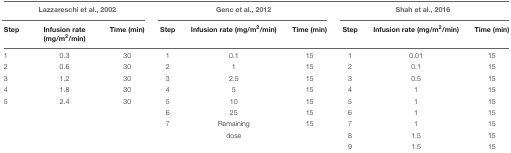
| <COLSPAN=3> Lazzareschi et al., 2002 | <COLSPAN=3> Genc et al., 2012 | <COLSPAN=3> Shah et al., 2016 |
 | Step | Infusion rate (mg/m2/min) | Time (min) | Step | Infusion rate (mg/m2/min) | Time (min) | Step | Infusion rate (mg/m2/min) | Time (min) |
 | --- | --- | --- | --- | --- | --- | --- | --- | --- |
 | 1 | 0.3 | 30 | 1 | 0.1 | 15 | 1 | 0.01 | 15 |
 | 2 | 0.6 | 30 | 2 | 1 | 15 | 2 | 0.1 | 15 |
 | 3 | 1.2 | 30 | 3 | 2.5 | 15 | 3 | 0.5 | 15 |
 | 4 | 1.8 | 30 | 4 | 5 | 15 | 4 | 1 | 15 |
 | 5 | 2.4 | 30 | 5 | 10 | 15 | 5 | 1 | 15 |
 |  |  |  | 6 | 25 | 15 | 6 | 1 | 15 |
 |  |  |  | 7 | Remaining | 15 | 7 | 1 | 15 |
 |  |  |  |  | dose |  | 8 | 1.5 | 15 |
 |  |  |  |  |  |  | 9 | 1.5 | 15 |